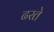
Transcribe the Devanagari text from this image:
ढरते